Indian journal of veterinary science and animal husbandry - Volume 11,
Year: 1941
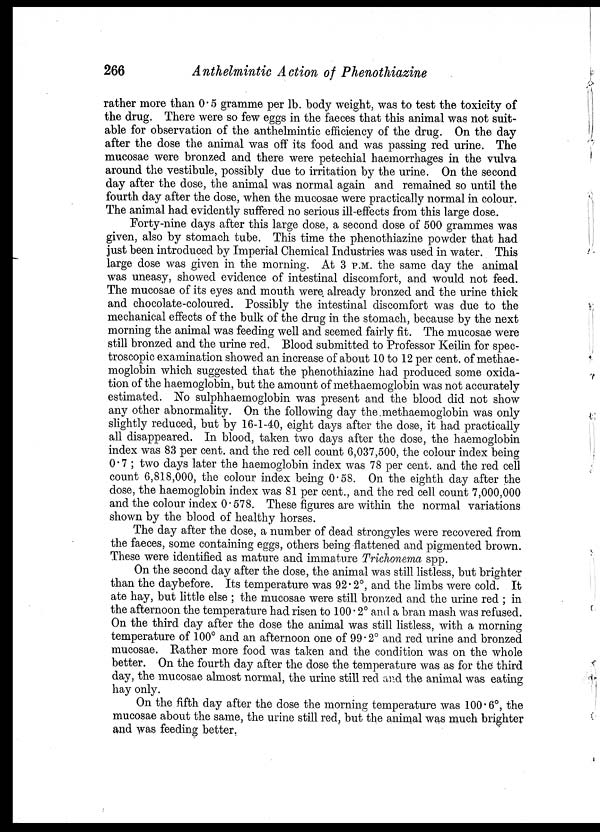
266
Anthelmintic Action of Phenothiazine
rather more than 0.5 gramme per lb. body weight, was to test the toxicity of
the drug. There were so few eggs in the faeces that this animal was not suit-
able for observation of the anthelmintic efficiency of the drug. On the day
after the dose the animal was off its food and was passing red urine. The
mucosae were bronzed and there were petechial haemorrhages in the vulva
around the vestibule, possibly due to irritation by the urine. On the second
day after the dose, the animal was normal again and remained so until the
fourth day after the dose, when the mucosae were practically normal in colour.
The animal had evidently suffered no serious ill-effects from this large dose.
Forty-nine days after this large dose, a second dose of 500 grammes was
given, also by stomach tube. This time the phenothiazine powder that had
just been introduced by Imperial Chemical Industries was used in water. This
large dose was given in the morning. At 3 P.M. the same day the animal
was uneasy, showed evidence of intestinal discomfort, and would not feed.
The mucosae of its eyes and mouth were already bronzed and the urine thick
and chocolate-coloured. Possibly the intestinal discomfort was due to the
mechanical effects of the bulk of the drug in the stomach, because by the next
morning the animal was feeding well and seemed fairly fit. The mucosae were
still bronzed and the urine red. Blood submitted to Professor Keilin for spec-
troscopic examination showed an increase of about 10 to 12 per cent. of methae-
moglobin which suggested that the phenothiazine had produced some oxida-
tion of the haemoglobin, but the amount of methaemoglobin was not accurately
estimated. No sulphhaemoglobin was present and the blood did not show
any other abnormality. On the following day the methaemoglobin was only
slightly reduced, but by 16-1-40, eight days after the dose, it had practically
all disappeared. In blood, taken two days after the dose, the haemoglobin
index was 83 per cent. and the red cell count 6,037,500, the colour index being
0.7 ; two days later the haemoglobin index was 78 per cent, and the red cell
count 6,818,000, the colour index being 0.58. On the eighth day after the
dose, the haemoglobin index was 81 per cent., and the red cell count 7,000,000
and the colour index 0.578. These figures are within the normal variations
shown by the blood of healthy horses.
The day after the dose, a number of dead strongyles were recovered from
the faeces, some containing eggs, others being flattened and pigmented brown.
These were identified as mature and immature Trichonema spp.
On the second day after the dose, the animal was still listless, but brighter
than the daybefore. Its temperature was 92.2°, and the limbs were cold. It
ate hay, but little else ; the mucosae were still bronzed and the urine red ; in
the afternoon the temperature had risen to 100.2° and a bran mash was refused.
On the third day after the dose the animal was still listless, with a morning
temperature of 100° and an afternoon one of 99.2° and red urine and bronzed
mucosae. Rather more food was taken and the condition was on the whole
better. On the fourth day after the dose the temperature was as for the third
day, the mucosae almost normal, the urine still red and the animal was eating
hay only.
On the fifth day after the dose the morning temperature was 100.6°, the
mucosae about the same, the urine still red, but the animal was much brighter
and was feeding better.